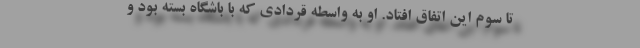
تا سوم این اتفاق افتاد. او به واسطه قردادی که با باشگاه بسته بود و